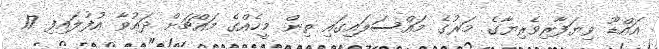
އައްޑޫ ވިޔަފާރިވެރިޔާގެ މަރުގެ މައްސަލައިގައި ތިން މީހެއްގެ މައްޗަށް ދައުވާ އުފުލައިފި 17